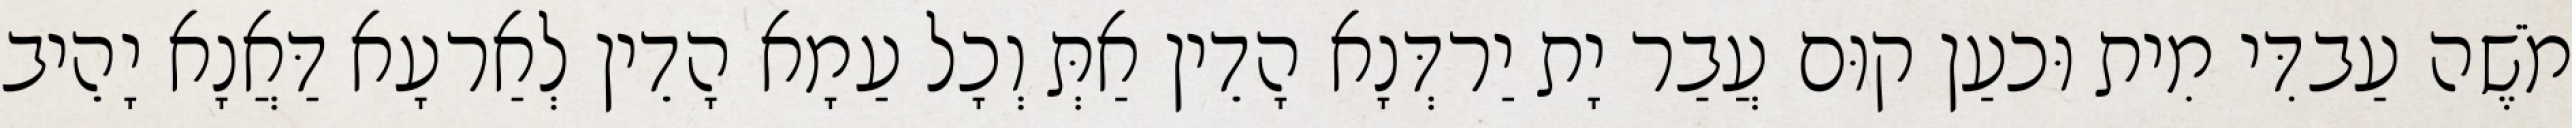
מֹשֶׁה עַבדִּי מִית וּכעַן קוּם עֲבַר יָת יַרדְּנָא הָדֵין אַתְּ וְכָל עַמָא הָדֵין לְאַרעָא דַּאֲנָא יָהֵיב